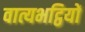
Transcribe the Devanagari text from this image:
वात्यभट्ठियों